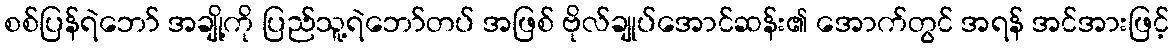
စစ်ပြန်ရဲဘော် အချို့ကို ပြည်သူ့ရဲဘော်တပ် အဖြစ် ဗိုလ်ချုပ်အောင်ဆန်း၏ အောက်တွင် အရန် အင်အားဖြင့်